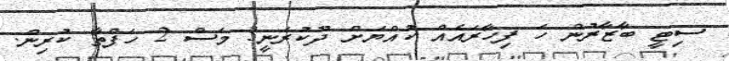
ސިޓީ ބާޒާރުން ހަ ފިހާރައެއް ކުއްޔަށް ދޫކުރަނީ3 މަސް 2 ހަފްތާ ކުރިން.